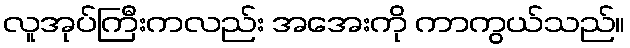
လူအုပ်ကြီးကလည်း အအေးကို ကာကွယ်သည်။